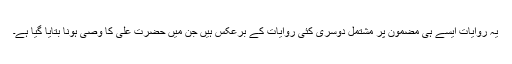
یہ روایات ایسے ہی مضمون پر مشتمل دوسری کئی روایات کے برعکس ہیں جن میں حضرت علی کا وصی ہونا بتایا گیا ہے۔